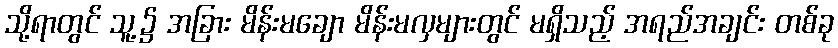
သို့ရာတွင် သူ့၌ အခြား မိန်းမချော မိန်းမလှများတွင် မရှိသည့် အရည်အချင်း တစ်ခု